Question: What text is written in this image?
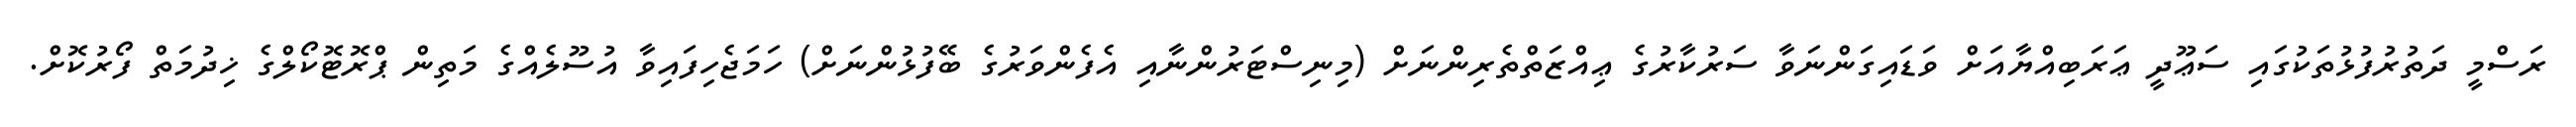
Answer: ރަސްމީ ދަތުރުފުޅުތަކުގައި ސަޢޫދީ ޢަރަބިއްޔާއަށް ވަޑައިގަންނަވާ ސަރުކާރުގެ ޢިއްޒަތްތެރިންނަށް (މިނިސްޓަރުންނާއި އެފެންވަރުގެ ބޭފުޅުންނަށް) ހަމަޖެހިފައިވާ އުސޫލެއްގެ މަތިން ޕްރޮޓޮކޯލްގެ ޚިދުމަތް ފޯރުކޮށް.